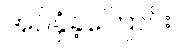
အပ်နှံခဲ့ကြောင်း